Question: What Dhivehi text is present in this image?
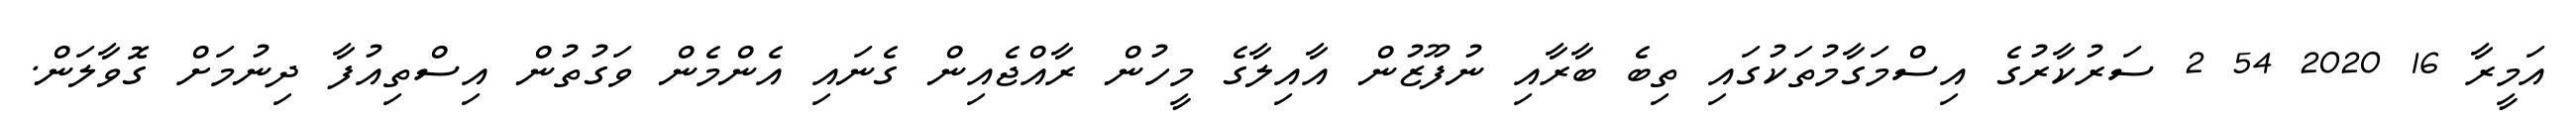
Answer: އަމީރާ 16 2020 54 2 ސަރުކާރުގެ އިސްމަގާމުތަކުގައި ތިބެ ބާރާއި ނުފޫޒުން އާއިލާގެ މީހުން ރާއްޖެއިން ގެނައި އެންމެން ވަގުތުން އިސްތިއުފާ ދިނުމަށް ގޮވާލަން.